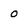
Character: 0